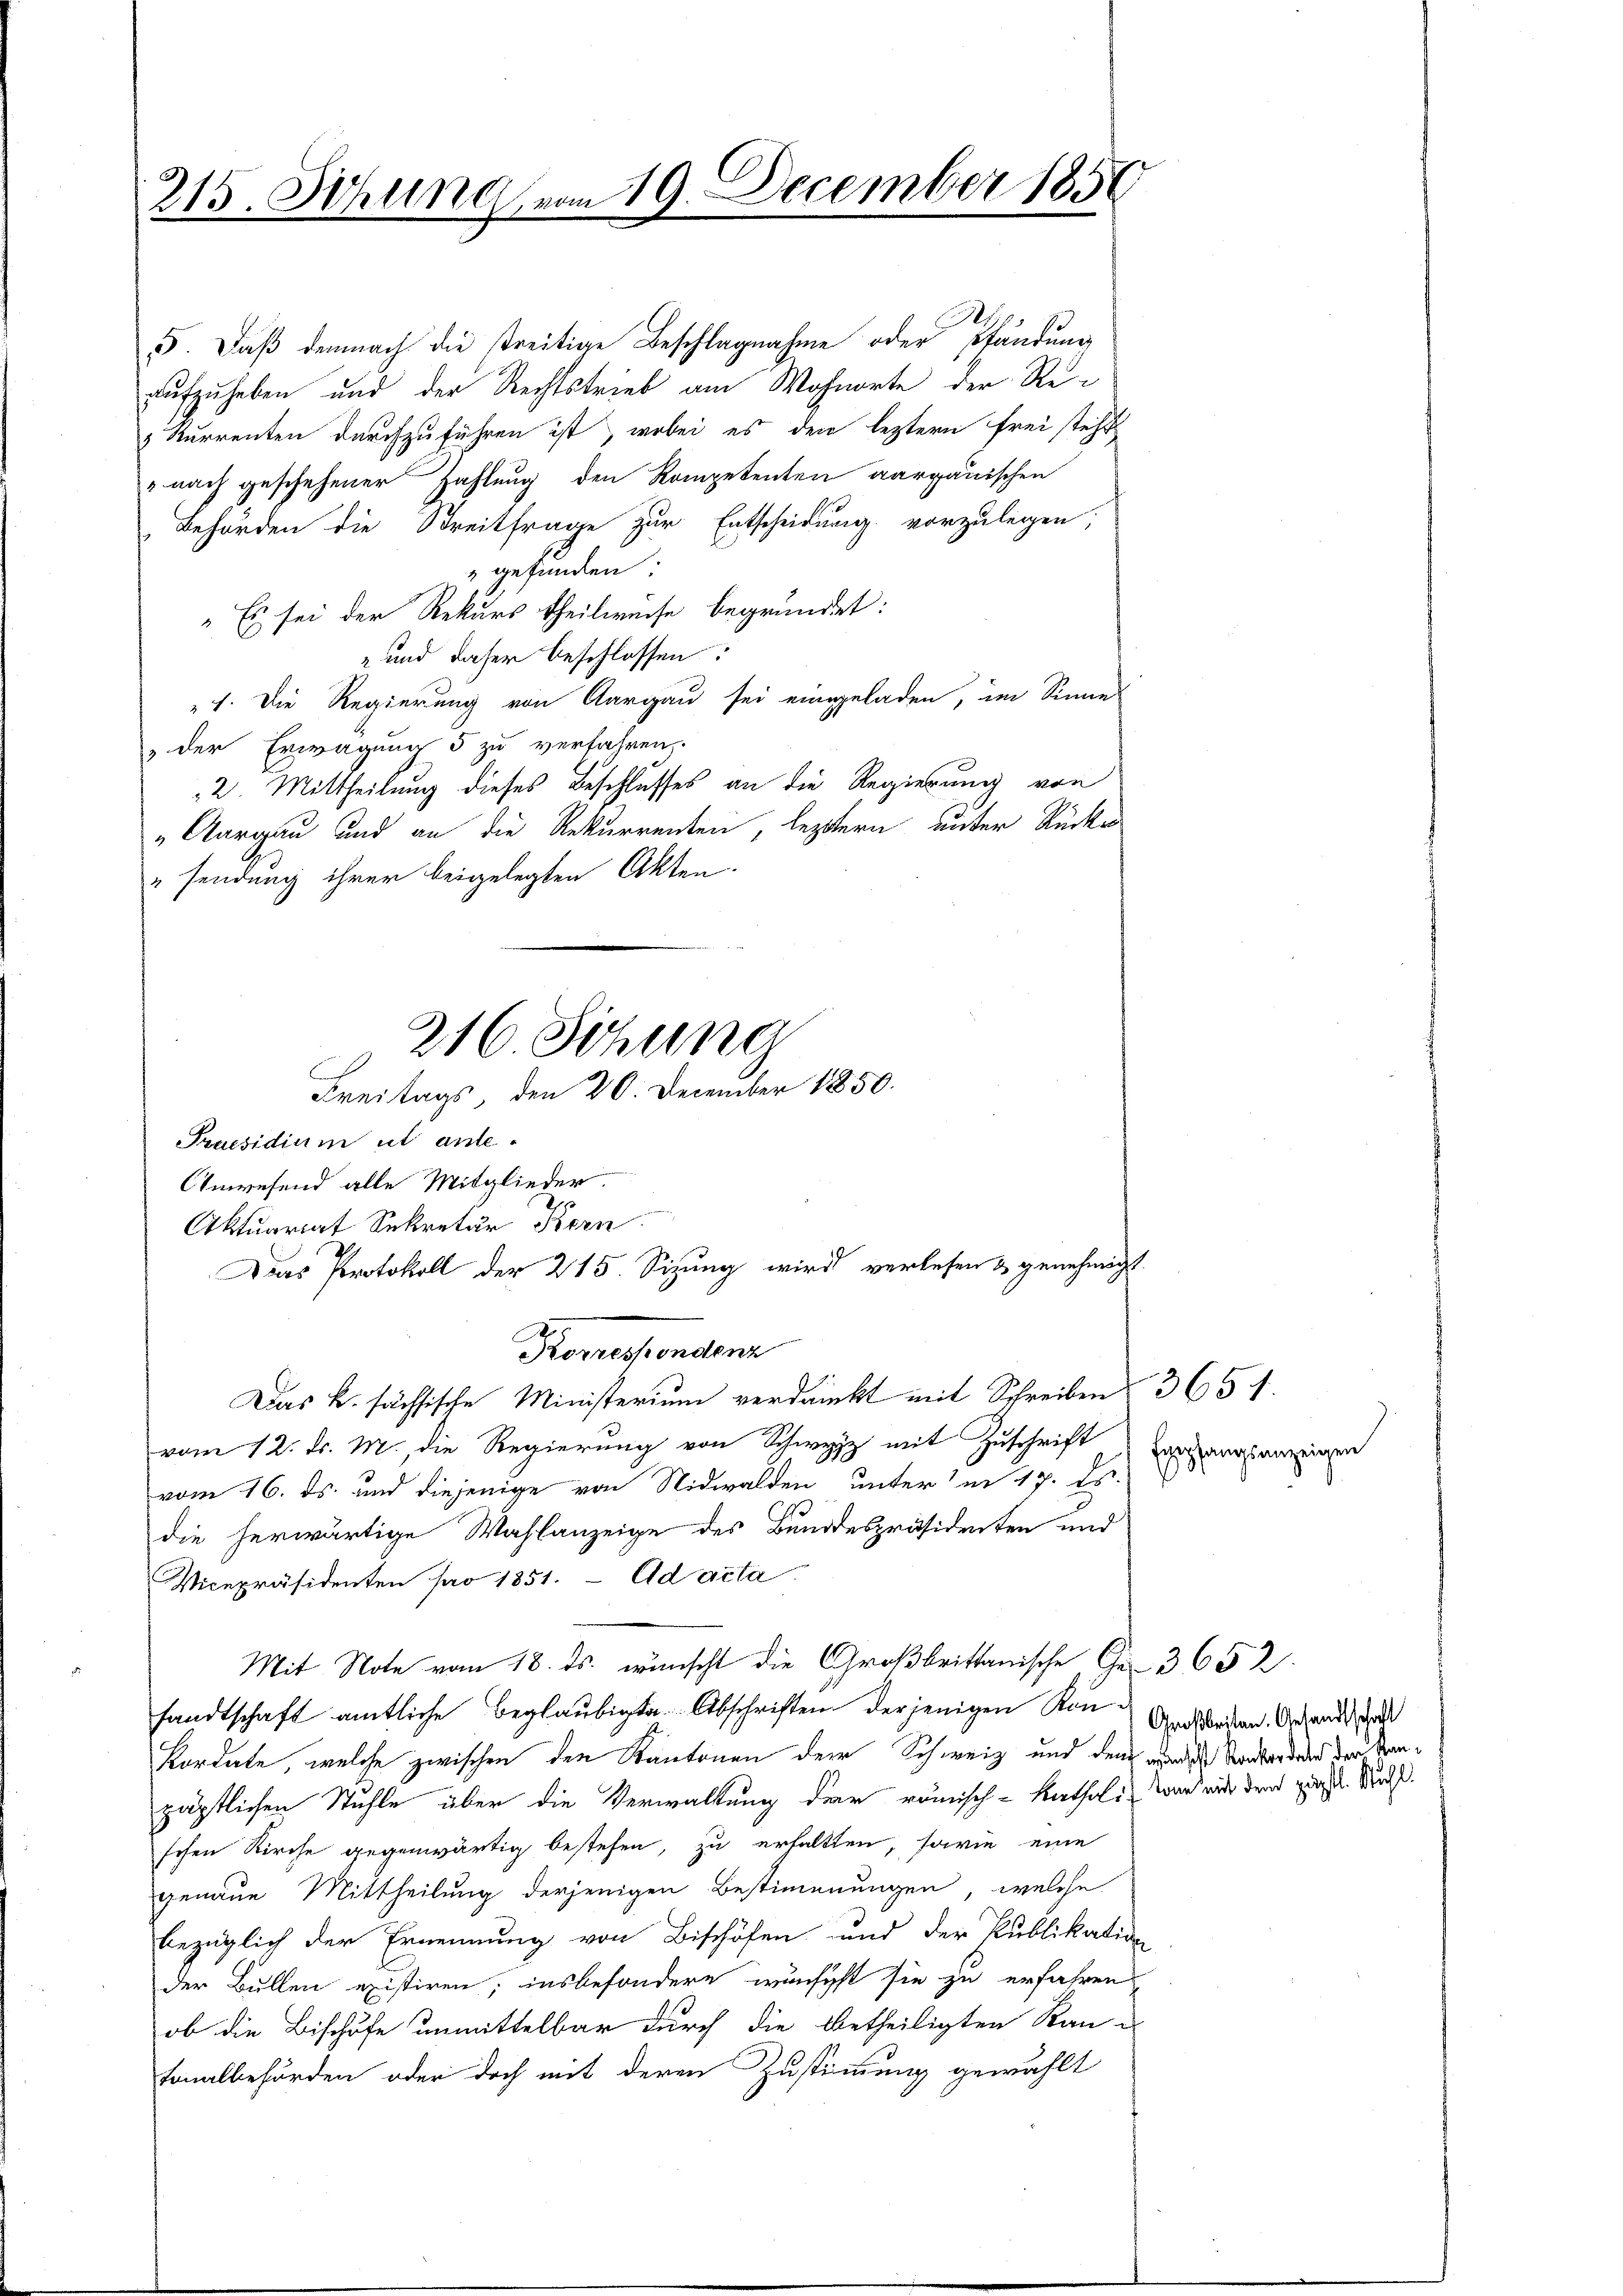
215. Sitzung vom 19. December 1850

5. Daß demnach die streitige Beschlagnahme oder Pfändung
aufzuheben und der Rechtstrieb am Wohnorte der Re¬
 Kurrenten durchzuführen ist, wobei es den leztern frei steht
" nach geschehener Zahlung den Kompetenten aargauischen
Behörden die Streitfrage zur Entscheidung vorzulegen;
 gefunden.
„Es sei der Rekurs theilweise begründet:
 und daher beschlossen:
1. Die Regierung von Aargau sei eingeladen, im Sinne
„der Erwägung 5 zu verfahren.
2. Mittheilung dieses Beschlusses an die Regierung von
„Aargau und an die Rekurrenten, leztern unter Rücke
" sendung ihrer beigelegten Akten.
Praesidium ut anle¬
Anwesend alle Mitglieder.
Aktuariat Sekretär Kern
Das k. sächsische Ministerium verdankt mit Schreiben 365 f.
vom 12. d. M., die Regierung von Schwyz mit Zuschrift
vom 16. ds. und diejenige von Nidwalden, unterm 17. ds.
die herwärtige Wahlanzeige des Bundespräsidenten und
Vicepräsidenten pro 1851. Ad acta.
Mit Note vom 18. ds. wünscht die Großbrittanische Ge- 3652.
sandtschaft amtliche Beglaubigte Abschriften derjenigen Kon Antragen. Anhandes, das
Kordate, welche zwischen den Kantonen der Schweiz und dem andes Verbordung der Kanzärtlichen Stuhle über die Verwaltung der römisch-katholi war mit dem gross. Rud.
schen Kirche gegenwärtig bestehen, zu erhaltten, sowie eine
genaue Mittheilung derjenigen Bestimmungen, welche
bezüglich der Ernennung von Bischöfen und der Publikation
der Bullen existiren; insbesondere wünscht sie zu erfahren
ob die Bischufe unmittelbar durch die betheiligten Rautonalbehörden oder doch mit deren Zustimmung gewählt

216 Sitzung
Freitags, den 20. December 1850.

2
Das Protokoll der 215. Sizung wird verlesen & genehmigt.
Korrespondern

Empfangsanzeigen